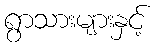
ရွာသားများနှင့်